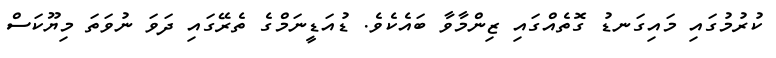
ކުރުމުގައި މައިގަނޑު ގޮތެއްގައި ޒިންމާވާ ބައެކެވެ. ޑުއަޑީނަމްގެ ތެރޭގައި ދަވަ ނުވަތަ މިޔޫކަސް